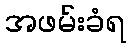
အဖမ်းခံရ